Civil Veterinary Dept. Assam report 1927-50 - 1927-1950
Year: 1927
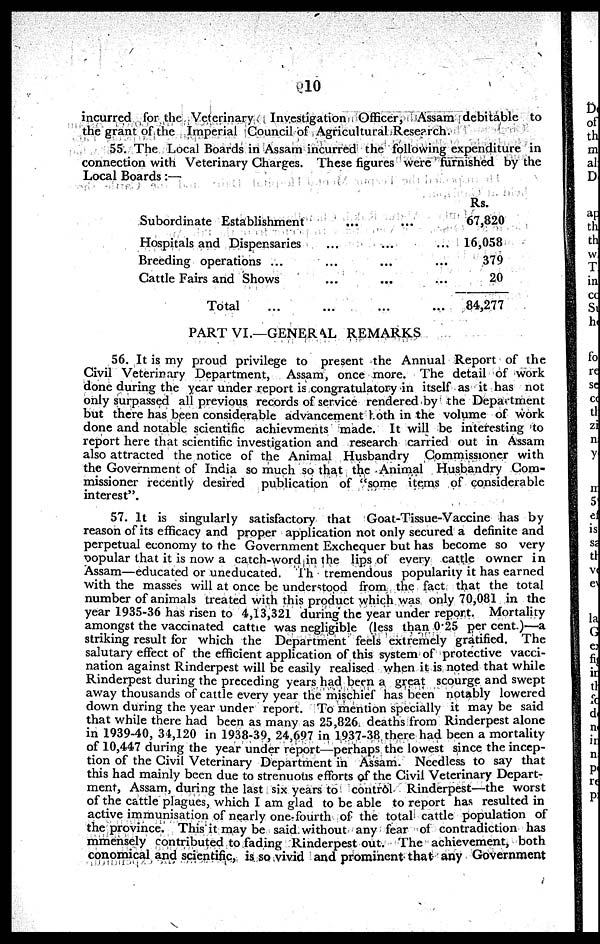
10
incurred for the Veterinary Investigation Officer, Assam debitable to
the grant of the Imperial Council of Agricultural Rese?rch.
55. The Local Boards in Assam incurred the following expenditure in
connection with Veterinary Charges. These figures were furnished by the
Local Boards:—
Subordinate Establishment
Hospitals and Dispensaries
Breeding operations ...
Cattle Fairs and Shows
Total ...
...
...
...
...
...
...
...
...
...
...
...
...
...
...
...
Rs.
67,820
16,058
379
20
84,277
PART VI.—GENERAL REMARKS
56. It is my proud privilege to present the Annual Report of the
Civil Veterinary Department, Assam, once more. The detail of work
done during the year under report is congratulatory in itself as it has not
only surpassed all previous records of service rendered by the Department
but there has been considerable advancement both in the volume of work
done and notable scientific achievments made. It will be interesting to
report here that scientific investigation and research carried out in Assam
also attracted the notice of the Animal Husbandry Commissioner with
the Government of India so much so that the Animal Husbandry Com-
missioner recently desired publication of "some items of considerable
interest".
57. It is singularly satisfactory that Goat-Tissue-Vaccine has by
reason of its efficacy and proper application not only secured a definite and
perpetual economy to the Government Exchequer but has become so very
popular that it is now a catch-word in the lips of every cattle owner in
Assam—educated or uneducated. Th tremendous popularity it has earned
with the masses will at once be understood from the fact that the total
number of animals treated with this product which was only 70,081 in the
year 1935-36 has risen to 4,13,321 during the year under report. Mortality
amongst the vaccinated cattle was negligible (less than 0.25 per cent.)—a
striking result for which the Department feels extremely gratified. The
salutary effect of the efficient application of this system of protective vacci-
nation against Rinderpest will be easily realised when it is noted that while
Rinderpest during the preceding years had been a great scourge and swept
away thousands of cattle every year the mischief has been notably lowered
down during the year under report. To mention specially it may be said
that while there had been as many as 25,826 deaths from Rinderpest alone
in 1939-40, 31,120 in 1938-39, 24,697 in 1937-38 there had been a mortality
of 10,447 during the year under report—perhaps the lowest since the incep-
tion of the Civil Veterinary Department in Assam. Needless to say that
this had mainly been due to strenuous efforts of the Civil Veterinary Depart-
ment, Assam, during the last six years to contrôl Rinderpest—the worst
of the cattle plagues, which I am glad to be able to report has resulted in
active immunisation of nearly one-fourth of the total cattle population of
the province. This it may be said without any fear of contradiction has
mmensely contributed to fading Rinderpest out. The achievement, both
conomical and scientific, is so vivid and prominent that any Government